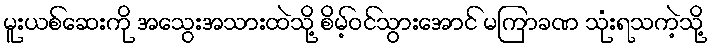
မူးယစ်ဆေးကို အသွေးအသားထဲသို့ စိမ့်ဝင်သွားအောင် မကြာခဏ သုံးရသကဲ့သို့